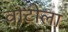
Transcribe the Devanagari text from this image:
वाटोला